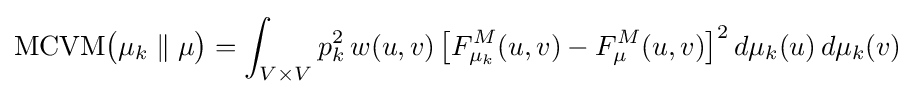
\mathrm {MCVM} {\bigl (}\mu _{k}\parallel \mu {\bigr )}=\int _{V\times V}p_{k}^{2}\,w(u,v)\,{\bigl [}F_{\mu _{k}}^{M}(u,v)-F_{\mu }^{M}(u,v){\bigr ]}^{2}\,d\mu _{k}(u)\,d\mu _{k}(v)